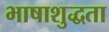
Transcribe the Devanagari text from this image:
भाषाशुद्धता